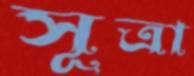
সূত্রা